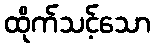
ထိုက်သင့်သော